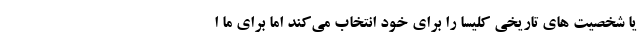
یا شخصیت های تاریخی کلیسا را برای خود انتخاب می‌کند اما برای ما ا